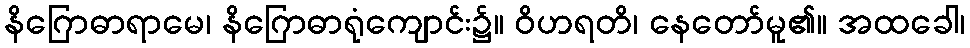
နိဂြောဓာရာမေ၊ နိဂြောဓာရုံကျောင်း၌။ ဝိဟရတိ၊ နေတော်မူ၏။ အထခေါ၊